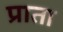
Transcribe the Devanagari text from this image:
प्राता